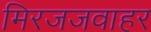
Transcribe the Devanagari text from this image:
मिरजजवाहर